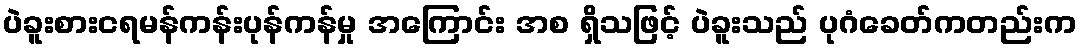
ပဲခူးစားငရမန်ကန်းပုန်ကန်မှု အကြောင်း အစ ရှိသဖြင့် ပဲခူးသည် ပုဂံခေတ်ကတည်းက